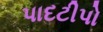
પાદટીપો